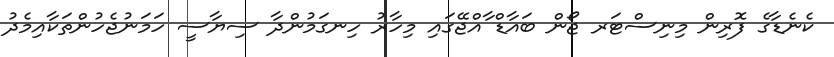
ކެނެޑާގެ ފޮރިން މިނިސްޓަރ ޖޯން ބައާޑް ާއްޖޭގައި މިހާރު ހިނގަމުންދާ ސިޔާސީ ހަމަނުޖެހުންތަކާއިމެދު